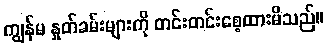
ကျွန်မ နှုတ်ခမ်းများကို တင်းတင်းစေ့ထားမိသည်။